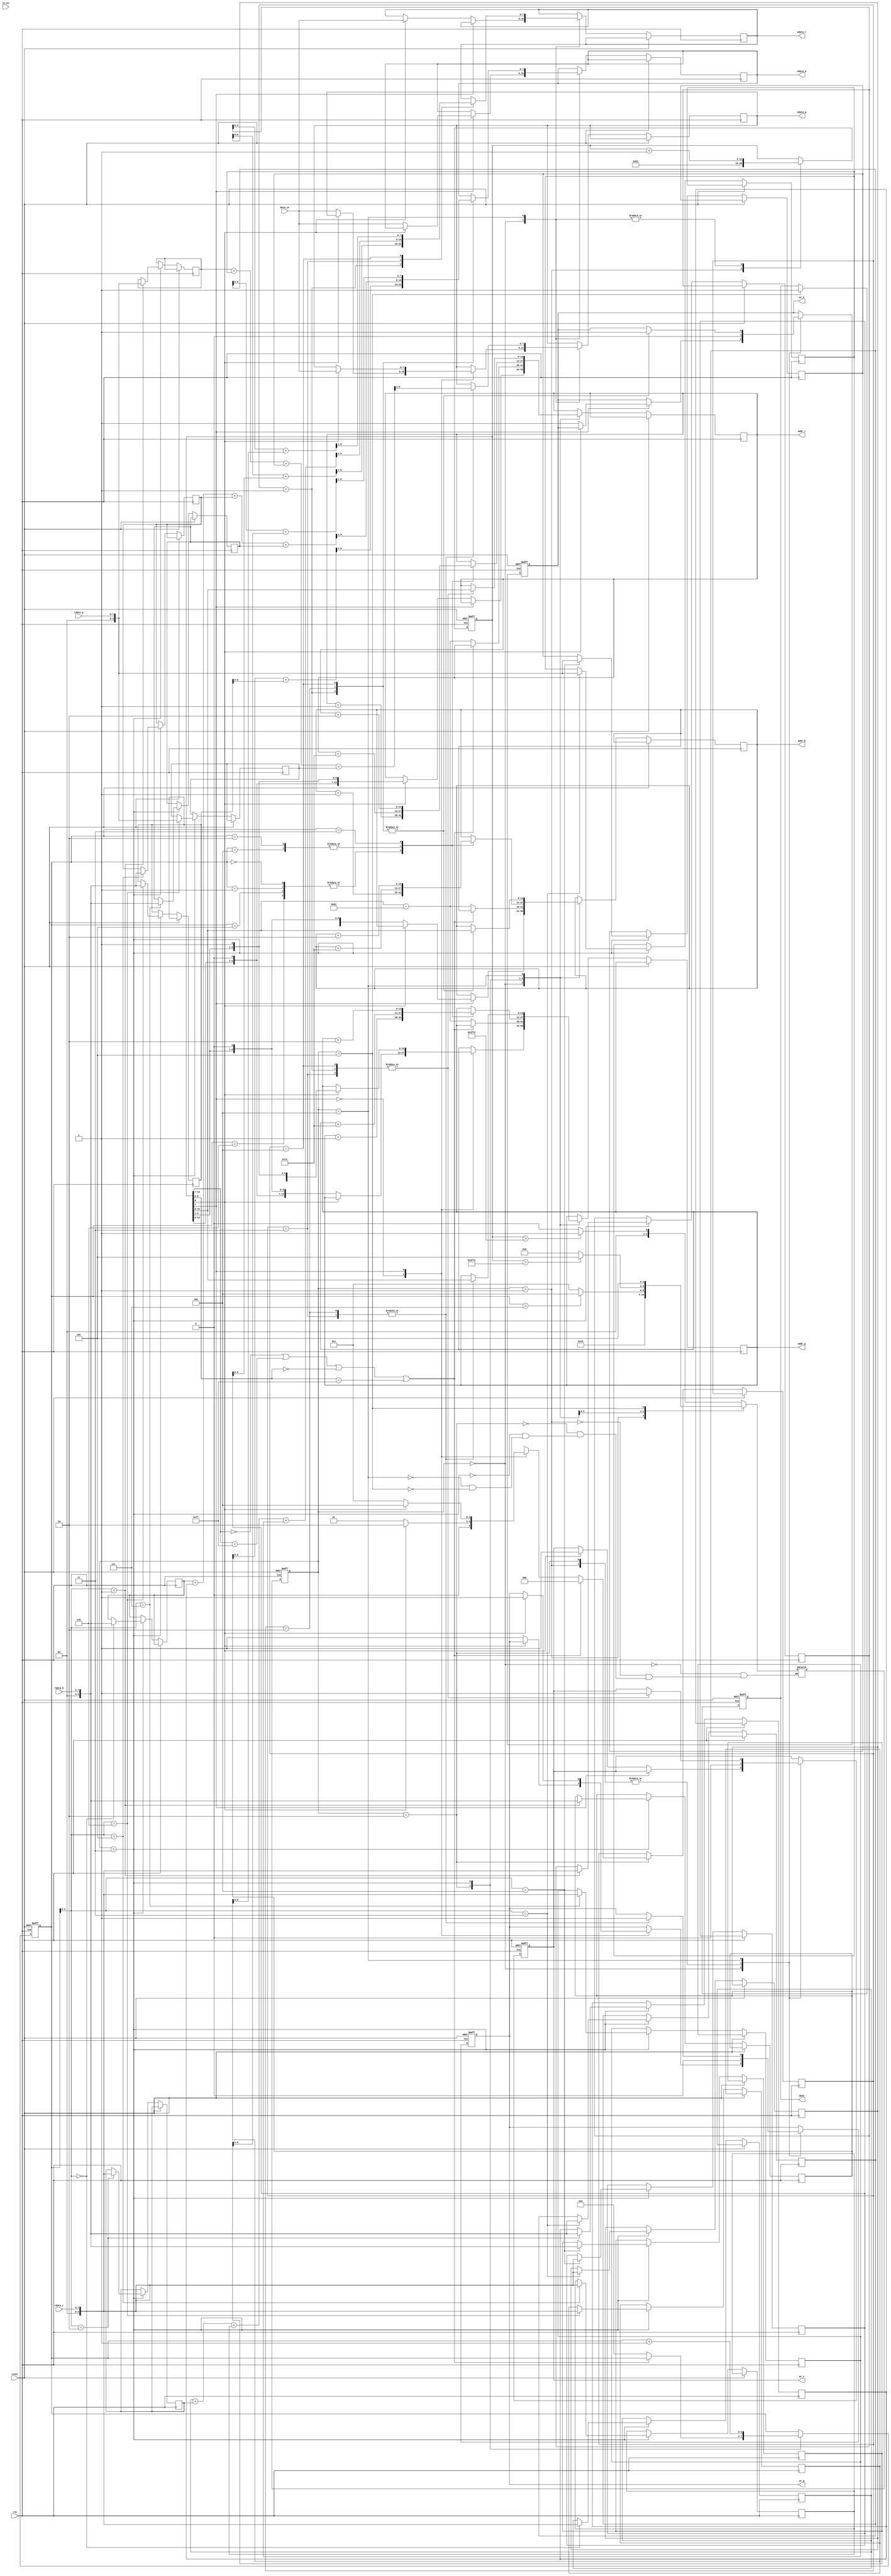
//step 
// read all data from 0~16382
// store data to r g b
// caculater from 0~16382 and store RGB to 0~16382

module demosaic(clk, reset, in_en, data_in, wr_r, addr_r, wdata_r, rdata_r, wr_g, addr_g, wdata_g, rdata_g, wr_b, addr_b, wdata_b, rdata_b, done);
input clk;
input reset;
input in_en;
input [7:0] data_in;
output reg wr_r;
output reg [13:0] addr_r;
output reg [7:0] wdata_r;
input [7:0] rdata_r;
output reg wr_g;
output reg [13:0] addr_g;
output reg [7:0] wdata_g;
input [7:0] rdata_g;
output reg wr_b;
output reg [13:0] addr_b;
output reg [7:0] wdata_b;
input [7:0] rdata_b;
output reg done;

reg [7:0] read_rgb;
reg [14:0] center;

reg[2:0] now_state;
reg[2:0] next_state;
reg [2:0] situation;
reg [3:0] index;
reg [13:0] read_to_buffer;
reg [9:0] bufer_r [0:7];
reg [9:0] bufer_g [0:7];
reg [9:0] bufer_b [0:7];

localparam READ_RGB = 3'd0; //000
localparam SET = 3'd1; //001
localparam GET_VALUE = 3'd2; //010
localparam STORE_BUFFER = 3'd3; //011
localparam STORE_RGB = 3'd4; //100
localparam FINISH = 3'd5; //101

always @(posedge clk or posedge reset) begin
	if(reset) now_state <= READ_RGB;
	else now_state <= next_state;
end
always @(*)begin
    case(now_state)
    READ_RGB : next_state = (center > 16382)?SET:READ_RGB;
    SET : next_state = GET_VALUE;
    GET_VALUE : next_state = STORE_BUFFER;
    STORE_BUFFER : next_state = (index > 7)?STORE_RGB:STORE_BUFFER;
    STORE_RGB : next_state = (center > 16254)?FINISH:GET_VALUE;
    FINISH : next_state = FINISH;
endcase
end
always@(posedge clk or posedge reset)begin
    if(reset)begin
        center <= 0;
        done <= 0;
        index <= 0;
        wr_r <= 0;
        wr_g <= 0;
        wr_b <= 0;
    end
    else begin
        case(now_state)
        READ_RGB : begin //000
            case(center[7])
                0 : begin
                    if(center[0] == 0)begin
                        wr_g <= 1;
                        addr_g <= center;
                        wdata_g <= data_in;
                    end
                    else begin 
                        wr_r <= 1;
                        addr_r <= center;
                        wdata_r <= data_in;
                    end
                end
                1 : begin
                    if(center[0] == 0)begin
                        wr_b <= 1;
                        addr_b <= center;
                        wdata_b <= data_in;
                    end
                    else begin 
                        wr_g <= 1;
                        addr_g <= center;
                        wdata_g <= data_in;
                    end
                end
                endcase
            center <= center + 1;
        end
        SET: begin //001
            center <= 129;
            wr_r <= 0;
            wr_g <= 0;
            wr_b <= 0;
        end
        GET_VALUE : begin //010
            wr_r <= 0;
            wr_g <= 0;
            wr_b <= 0;
            if((center[13:7] == 0) || (center[13:7] == 127) || (center[6:0] == 0) || (center[6:0] == 127))begin
                situation <= 0;
            end
            else begin
                case(center[7])
                    0 : begin
                    if(center[0] == 0)
                        situation <= 1; //rgr
                    else
                        situation <= 2; //grg
                    end
                    1 : begin
                    if(center[0] == 0)
                        situation <= 3; //gbg
                    else
                        situation <= 4; //bgb
                end
                endcase

                addr_r <= center - 129;
                addr_g <= center - 129;
                addr_b <= center - 129;
                index <= 0;
            end
        end
          
        STORE_BUFFER : begin //011
            bufer_r[index] <= rdata_r;
            bufer_b[index] <= rdata_b;
            bufer_g[index] <= rdata_g;
            case(index)
            0,1,5,6 : begin
                addr_r <= addr_r + 1;
                addr_g <= addr_g + 1;
                addr_b <= addr_b + 1;
            end
            2,4 : begin
                addr_r <= addr_r + 126;
                addr_g <= addr_g + 126;
                addr_b <= addr_b + 126;
            end
            3 : begin
                addr_r <= addr_r + 2;
                addr_g <= addr_g + 2;
                addr_b <= addr_b + 2;
            end
            endcase
            index <= index + 1;
        end
        STORE_RGB : begin //100
            //wr_r <= 1;
            case(situation)
            1 : begin
                wr_r <= 1;
                wr_b <= 1;
                addr_r <= center;
                addr_b <= center;
                wdata_r <= ((bufer_r[3] + bufer_r[4]) >> 1);
                wdata_b <= ((bufer_b[1] + bufer_b[6]) >> 1);
            end
            2 : begin
                wr_g <= 1;
                wr_b <= 1;
                addr_g <= center;
                addr_b <= center;
                wdata_g <= ((bufer_g[1] + bufer_g[3] + bufer_g[4] + bufer_g[6]) >> 2);
                // wdata_g <= ((bufer_g[3] + bufer_g[4]));
                wdata_b <= ((bufer_b[0] + bufer_b[2] + bufer_b[5] + bufer_b[7]) >> 2);
            end
            3 : begin
                wr_r <= 1;
                wr_g <= 1;
                addr_r <= center;
                addr_g <= center;
                wdata_r <= ((bufer_r[0] + bufer_r[2] + bufer_r[5] + bufer_r[7]) >> 2);
                wdata_g <= ((bufer_g[1] + bufer_g[3] + bufer_g[4] + bufer_g[6]) >> 2);
            end
            4 : begin
                wr_r <= 1;
                wr_b <= 1;
                addr_r <= center;
                addr_b <= center;
                wdata_r <= ((bufer_r[1] + bufer_r[6]) >> 1);
                wdata_b <= ((bufer_b[3] + bufer_b[4]) >> 1);
            end
            default:begin
            end
            endcase
            center <= center + 1;
        end   
        FINISH : begin //101
            done <= 1;
        end 
        endcase
    end
end
endmodule